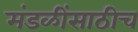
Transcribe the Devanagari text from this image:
मंडळींसाठीच